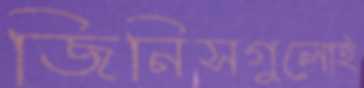
জিনিসগুলোই